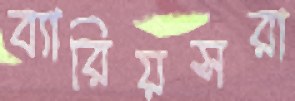
ব্যারিয়সরা